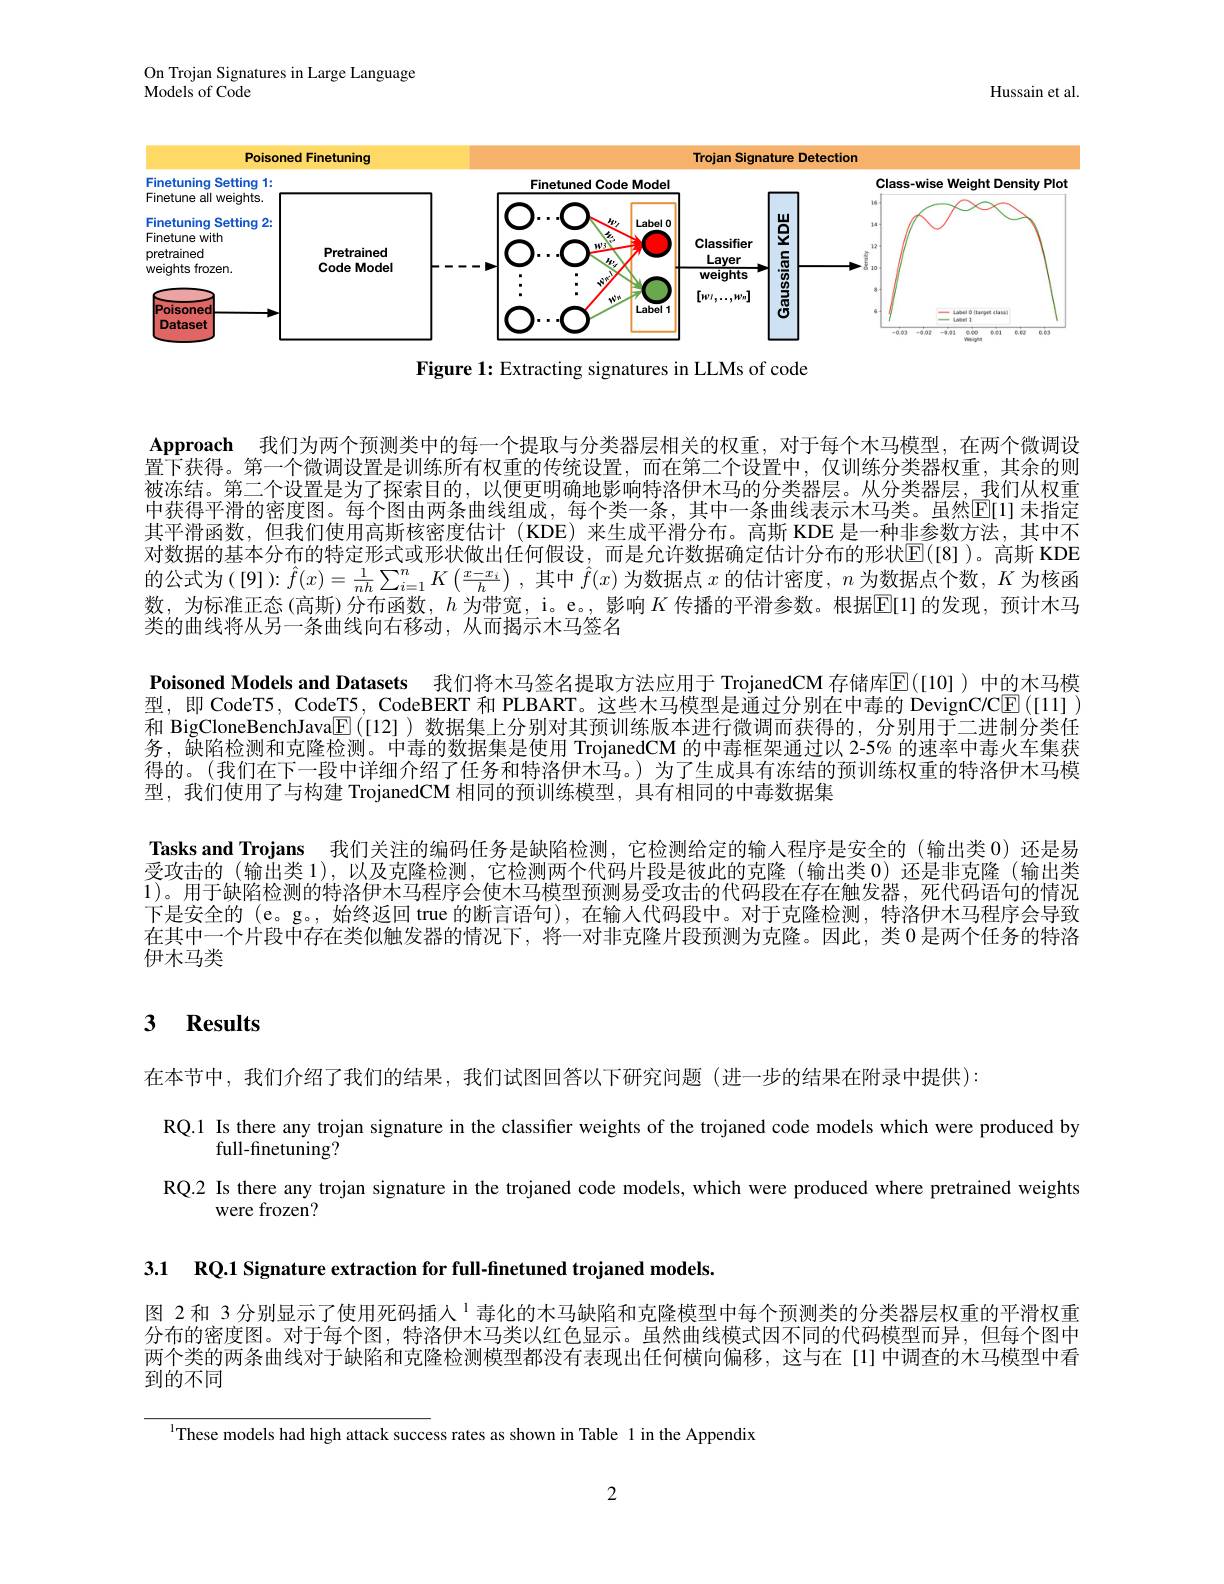
On Trojan Signatures in Large Language
Models of Code

Hussain et al

<FigureHere>

Figure 1: Extracting signatures in LLMs of code

Approach 我们为两个预测类中的每一个提取与分类器层相关的权重，对于每个木马模型，在两个微调设置下获得。第一个微调设置是训练所有权重的传统设置，而在第二个设置中，仅训练分类器权重，其余的则被冻结。第二个设置是为了探索目的，以便更明确地影响特洛伊木马的分类器层。从分类器层，我们从权重中获得平滑的密度图。每个图由两条曲线组成，每个类一条，其中一条曲线表示木马类。虽然$\overline{\mathrm{E}}[1]$ 未指定其平滑函数，但我们使用高斯核密度估计 (KDE)来生成平滑分布。高斯 KDE 是一种非参数方法，其中不对数据的基本分布的特定形式或形状做出任何假设，而是允许数据确定估计分布的形状$\mathbb{E}([8])$。高斯 KDE 的公式为([9]):$\hat{f}(x)=\frac1{nh}\sum_{i=1}^nK\left(\frac{x-x_i}h\right)$,其中$\hat{f}(x)$为数据点$x$的估计密度，$n$为数据点个数，$K$为核函数，为标准正态(高斯)分布函数，$h$ 为带宽，i。e。,影响$K$ 传播的平滑参数。根据$\mathbb{E}[1]$的发现，预计木马类的曲线将从另一条曲线向右移动，从而揭示木马签名
Poisoned Models and Datasets 我们将木马签名提取方法应用于 TrojanedCM 存储库$\mathbb{E}([10])$ 中的木马模型，即 CodeT5, CodeT5, CodeBERT 和 PLBART。这些木马模型是通过分别在中毒的 DevignCCC$\boxed{\mathrm{F}}([11])$ 和 BigCloneBenchJava$\underline{\mathbb{E}}$([12])数据集上分别对其预训练版本进行微调而获得的，分别用于二进制分类任务，缺陷检测和克隆检测。中毒的数据集是使用 TrojanedCM 的中毒框架通过以 2-5% 的速率中毒火车集获得的。(我们在下一段中详细介绍了任务和特洛伊木马。)为了生成具有冻结的预训练权重的特洛伊木马模型，我们使用了与构建 TrojanedCM 相同的预训练模型，具有相同的中毒数据集
Tasks and Trojans 我们关注的编码任务是缺陷检测，它检测给定的输入程序是安全的(输出类 0)还是易受攻击的(输出类 1),以及克隆检测，它检测两个代码片段是彼此的克隆(输出类 0)还是非克隆(输出类1)。用于缺陷检测的特洛伊木马程序会使木马模型预测易受攻击的代码段在存在触发器，死代码语句的情况下是安全的 (e。g。,始终返回 true 的断言语句),在输入代码段中。对于克隆检测，特洛伊木马程序会导致在其中一个片段中存在类似触发器的情况下，将一对非克隆片段预测为克隆。因此，类 0 是两个任务的特洛伊木马类

# 3 Results

在本节中，我们介绍了我们的结果，我们试图回答以下研究问题(进一步的结果在附录中提供):
RQ.1 Is there any trojan signature in the classifier weights of the trojaned code models which were produced by
full-finetuning?
RQ.2 Is there any trojan signature in the trojaned code models, which were produced where pretrained weights
were frozen?

3.1 RQ.1 Signature extraction for full-finetuned trojaned models

图 2 和 3 分别显示了使用死码插人 $^{1}$毒化的木马缺陷和克隆模型中每个预测类的分类器层权重的平滑权重分布的密度图。对于每个图，特洛伊木马类以红色显示。虽然曲线模式因不同的代码模型而异，但每个图中两个类的两条曲线对于缺陷和克隆检测模型都没有表现出任何横向偏移，这与在[1] 中调查的木马模型中看到的不同

$^{1}$These models had high attack success rates as shown in Table 1 in the Appendix

2